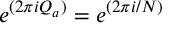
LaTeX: e ^ { ( 2 \pi i Q _ { a } ) } = e ^ { ( 2 \pi i / N ) }